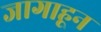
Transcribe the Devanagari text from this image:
जागाहून